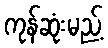
ကုန်ဆုံးမည့်